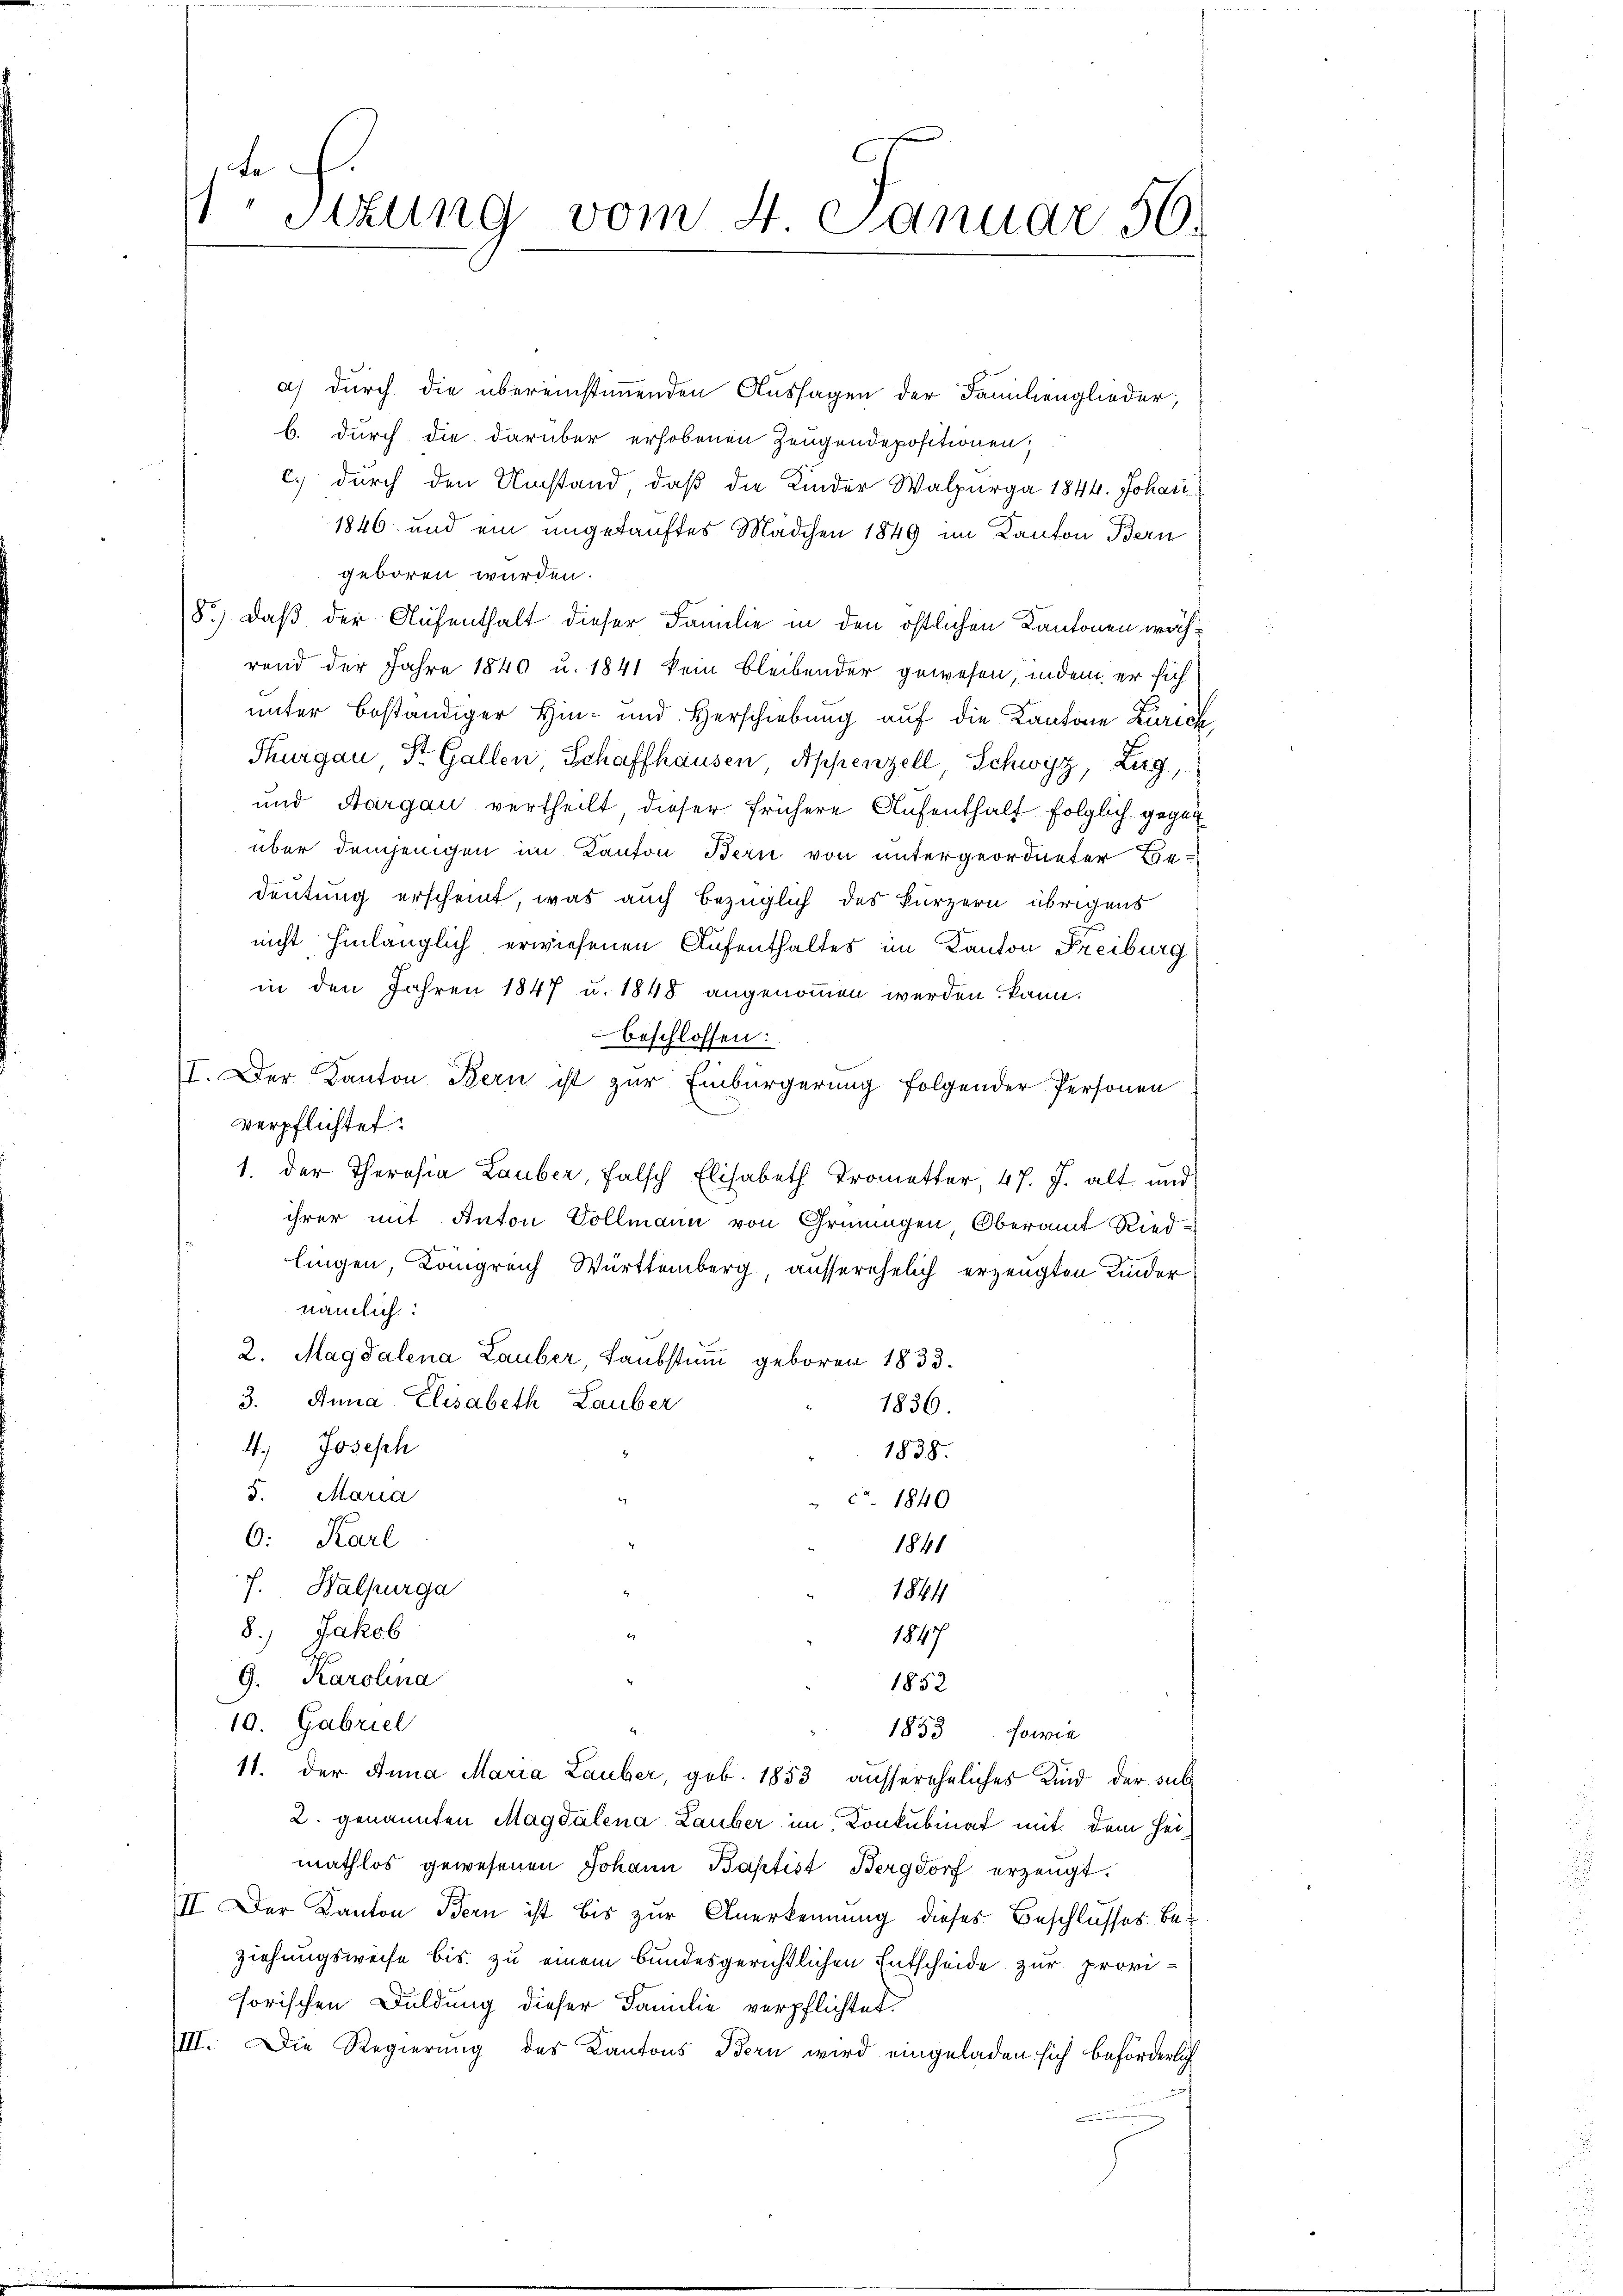
Le
1Stzung vom 4 Januar 56

a) durch die übereinstimmenden Aussagen der Familienglieder,
b. durch die darüber erhobenen Zeugendepositionen,
c.) durch den Umstand, daß die Kinder Walpurg 1844. Johann
1846 und ein ungekauftes Mädchen 1849 im Kanton Bern
geboren würden.
8.) Daß der Aufenthalt dieser Familie in den östlichen Kantonen während der Jahre 1840 u. 1841 kein bleibender gewesen, indem er sich
unter beständiger Hin- und Herschiebung auf die Kantone Zürich
Thurgau, St. Gallen, Schaffhausen Appenzell, Schwyz, Zug,
und Aargau vertheilt dieser frühere Aufenthalt folglich gegen
über demjenigen im Kanton Bern von untergeordneter Bedeutung erscheint, was auch bezüglich des kürzern übrigens
nicht hinlänglich erwiesenen Aufenthaltes im Kanton Freiburg
in den Jahren 1847 u. 1848 angenommen werden kann.
beschlossen:
II. Der Kanton Bern ist zur Einbürgerung folgender Personen
verpflichtet:
1. der Theresia Lauber, falsch Elisabeth Trometter, 47. J. alt und
ihrer mit Anton Vollmann von Grüningen Oberamt Ried-
lingen, Königreich Württemberg, ausserehelich erzeugten Kinder
nämlich:
2. Magdalena Lauber, Laubstum geboren 1833.
3. Anna Elisabeth Lauber
1836.
4.) Josesch
1838.
5. Maria
 c. 1840
6: Karl
1841
Halpurga
i
7.
1844
8.) Jakob
1847
9. Karolina
1852
10. Gabriel
1853 sowie
11. der Anna Maria Lauber, geb. 1853 aussereheliches Kind der sub
2. genannten Magdalena Lauber im Konkubinat mit dem Heimathlos gewesenen Johann Baptist Bergdorf erzeugt.
II Der Kanton Bern ist bis zur Anerkennung dieses Beschlusses Beziehungsweise bis zu einem bundesgerichtlichen Entscheide zur provihorischen Duldung dieser Familie verpflichtet.
III. Die Regierung des Kantons Bern wird eingeladen sich beförderlich